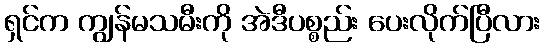
ရှင်က ကျွန်မသမီးကို အဲဒီပစ္စည်း ပေးလိုက်ပြီလား